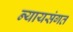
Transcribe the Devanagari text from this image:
न्‍यायसंगत